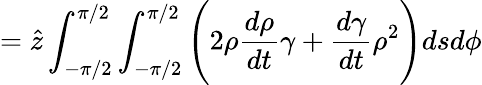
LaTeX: =\hat{z}\int_{-\pi/2}^{\pi/2}\int_{-\pi/2}^{\pi/2}\Bigg(2\rho\frac{d\rho}{dt}\gamma+\frac{d\gamma}{dt}\rho^{2}\Bigg)dsd\phi